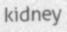
kidney